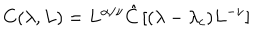
LaTeX: C ( \lambda , L ) = L ^ { \alpha / \nu } \hat { C } \left[ { ( \lambda - \lambda _ { c } ) L ^ { - \nu } } \right]